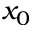
x _ { 0 }